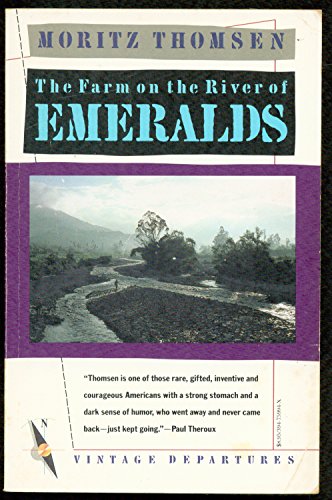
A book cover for The Farm on the River of Emeralds (Vintage departures); Moritz Thomsen; Travel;